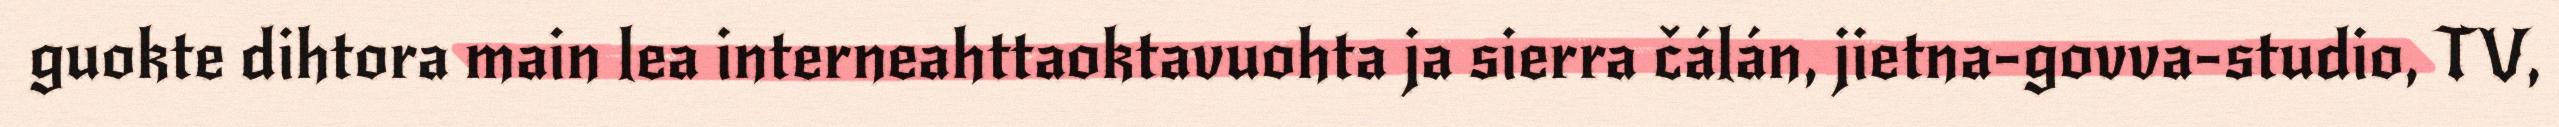
guokte dihtora main lea interneahttaoktavuohta ja sierra čálán, jietna-govva-studio, TV,